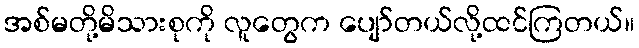
အစ်မတို့မိသားစုကို လူတွေက ပျော်တယ်လို့ထင်ကြတယ်။